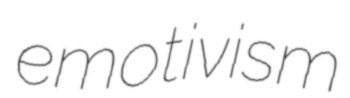
emotivism